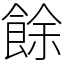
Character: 餘